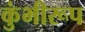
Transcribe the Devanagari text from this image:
कुंभीरूप